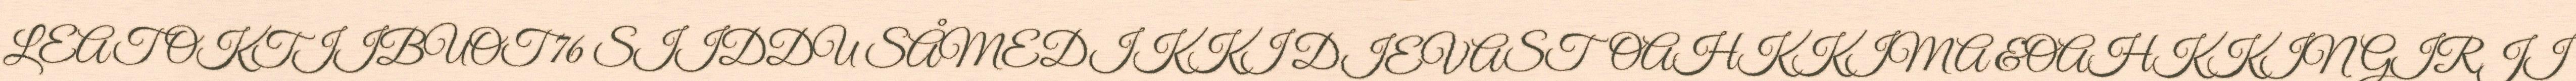
LEAT OKTIIBUOT 76 SIIDDU SÅMEDIKKI DIEVASTOAHKKIMA &OAHKKINGIRJI